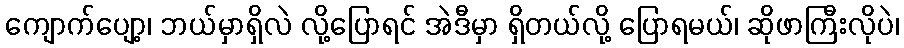
ကျောက်ပျော့၊ ဘယ်မှာရှိလဲ လို့ပြောရင် အဲဒီမှာ ရှိတယ်လို့ ပြောရမယ်၊ ဆိုဖာကြီးလိုပဲ၊